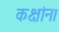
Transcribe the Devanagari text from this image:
कक्षांना